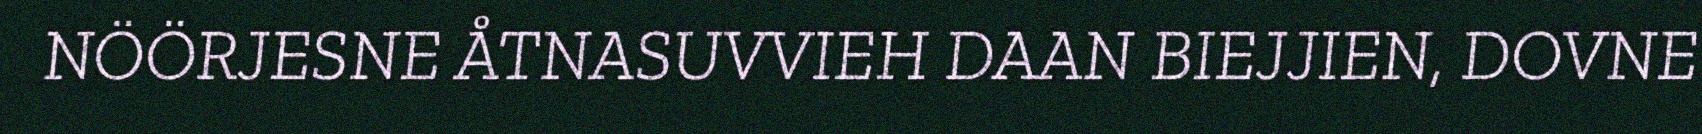
NÖÖRJESNE ÅTNASUVVIEH DAAN BIEJJIEN, DOVNE